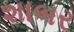
શાબર